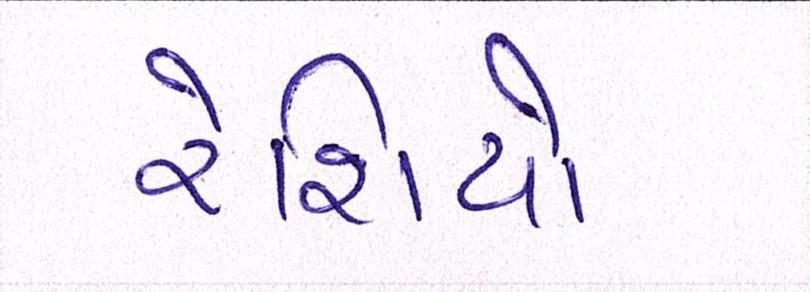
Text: રેશિયો